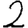
Digit: 2